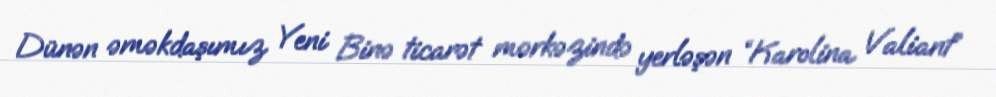
Dünən əməkdaşımız Yeni Binə ticarət mərkəzində yerləşən “Karolina Valiant”